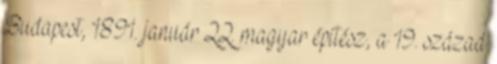
Budapest, 1891. január 22. magyar építész, a 19. század